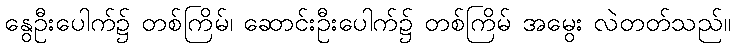
နွေဦးပေါက်၌ တစ်ကြိမ်၊ ဆောင်းဦးပေါက်၌ တစ်ကြိမ် အမွေး လဲတတ်သည်။